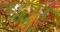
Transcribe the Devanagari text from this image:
इट्टूप्प